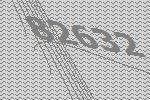
82632